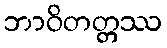
ဘာဝိတတ္တဿ